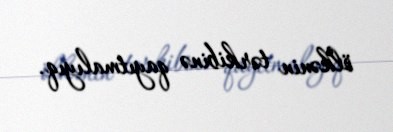
ölkənin tərkibinə qayıtmalıyıq.